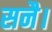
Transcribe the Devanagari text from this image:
सनै।